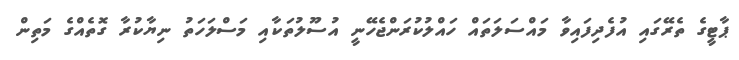
ޕާޓީގެ ތެރޭގައި އުފެދިފައިވާ މައްސަލަތައް ހައްލުކުރަންޖެހޭނީ އުސޫލުތަކާއި މަސްލަހަތު ނިޔާކުރާ ގޮތެއްގެ މަތިން